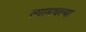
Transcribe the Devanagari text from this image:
त्यामधल्या